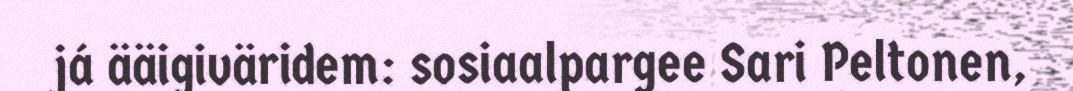
já ääigiväridem: sosiaalpargee Sari Peltonen,